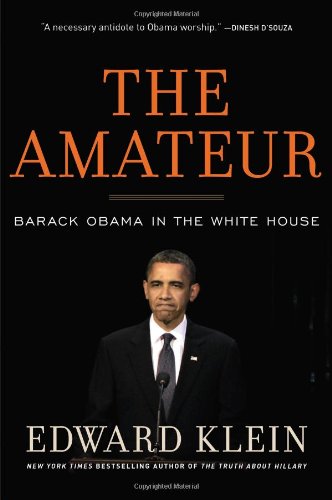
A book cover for The Amateur; Edward Klein; Biographies & Memoirs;